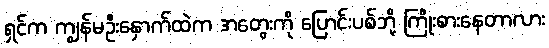
ရှင်က ကျွန်မဦးနှောက်ထဲက အတွေးကို ပြောင်းပစ်ဘို့ ကြိုးစားနေတာလား